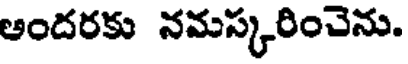
ఆందరకు నమస్కరించెను.